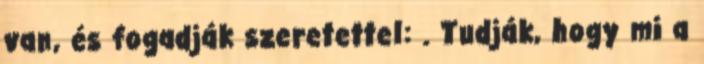
van, és fogadják szeretettel: . Tudják, hogy mi a